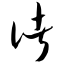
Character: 诸